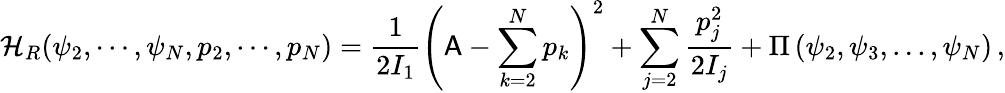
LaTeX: \mathcal{H}_{R}(\psi_{2},\cdots,\psi_{N},p_{2},\cdots,p_{N})=\frac{1}{2I_{1}}\left(\mathsf{A}-\sum_{k=2}^{N}p_{k}\right)^{2}+\sum_{j=2}^{N}\frac{p_{j}^{2}}{2I_{j}}+\Pi\left(\psi_{2},\psi_{3},...,\psi_{N}\right)\, ,